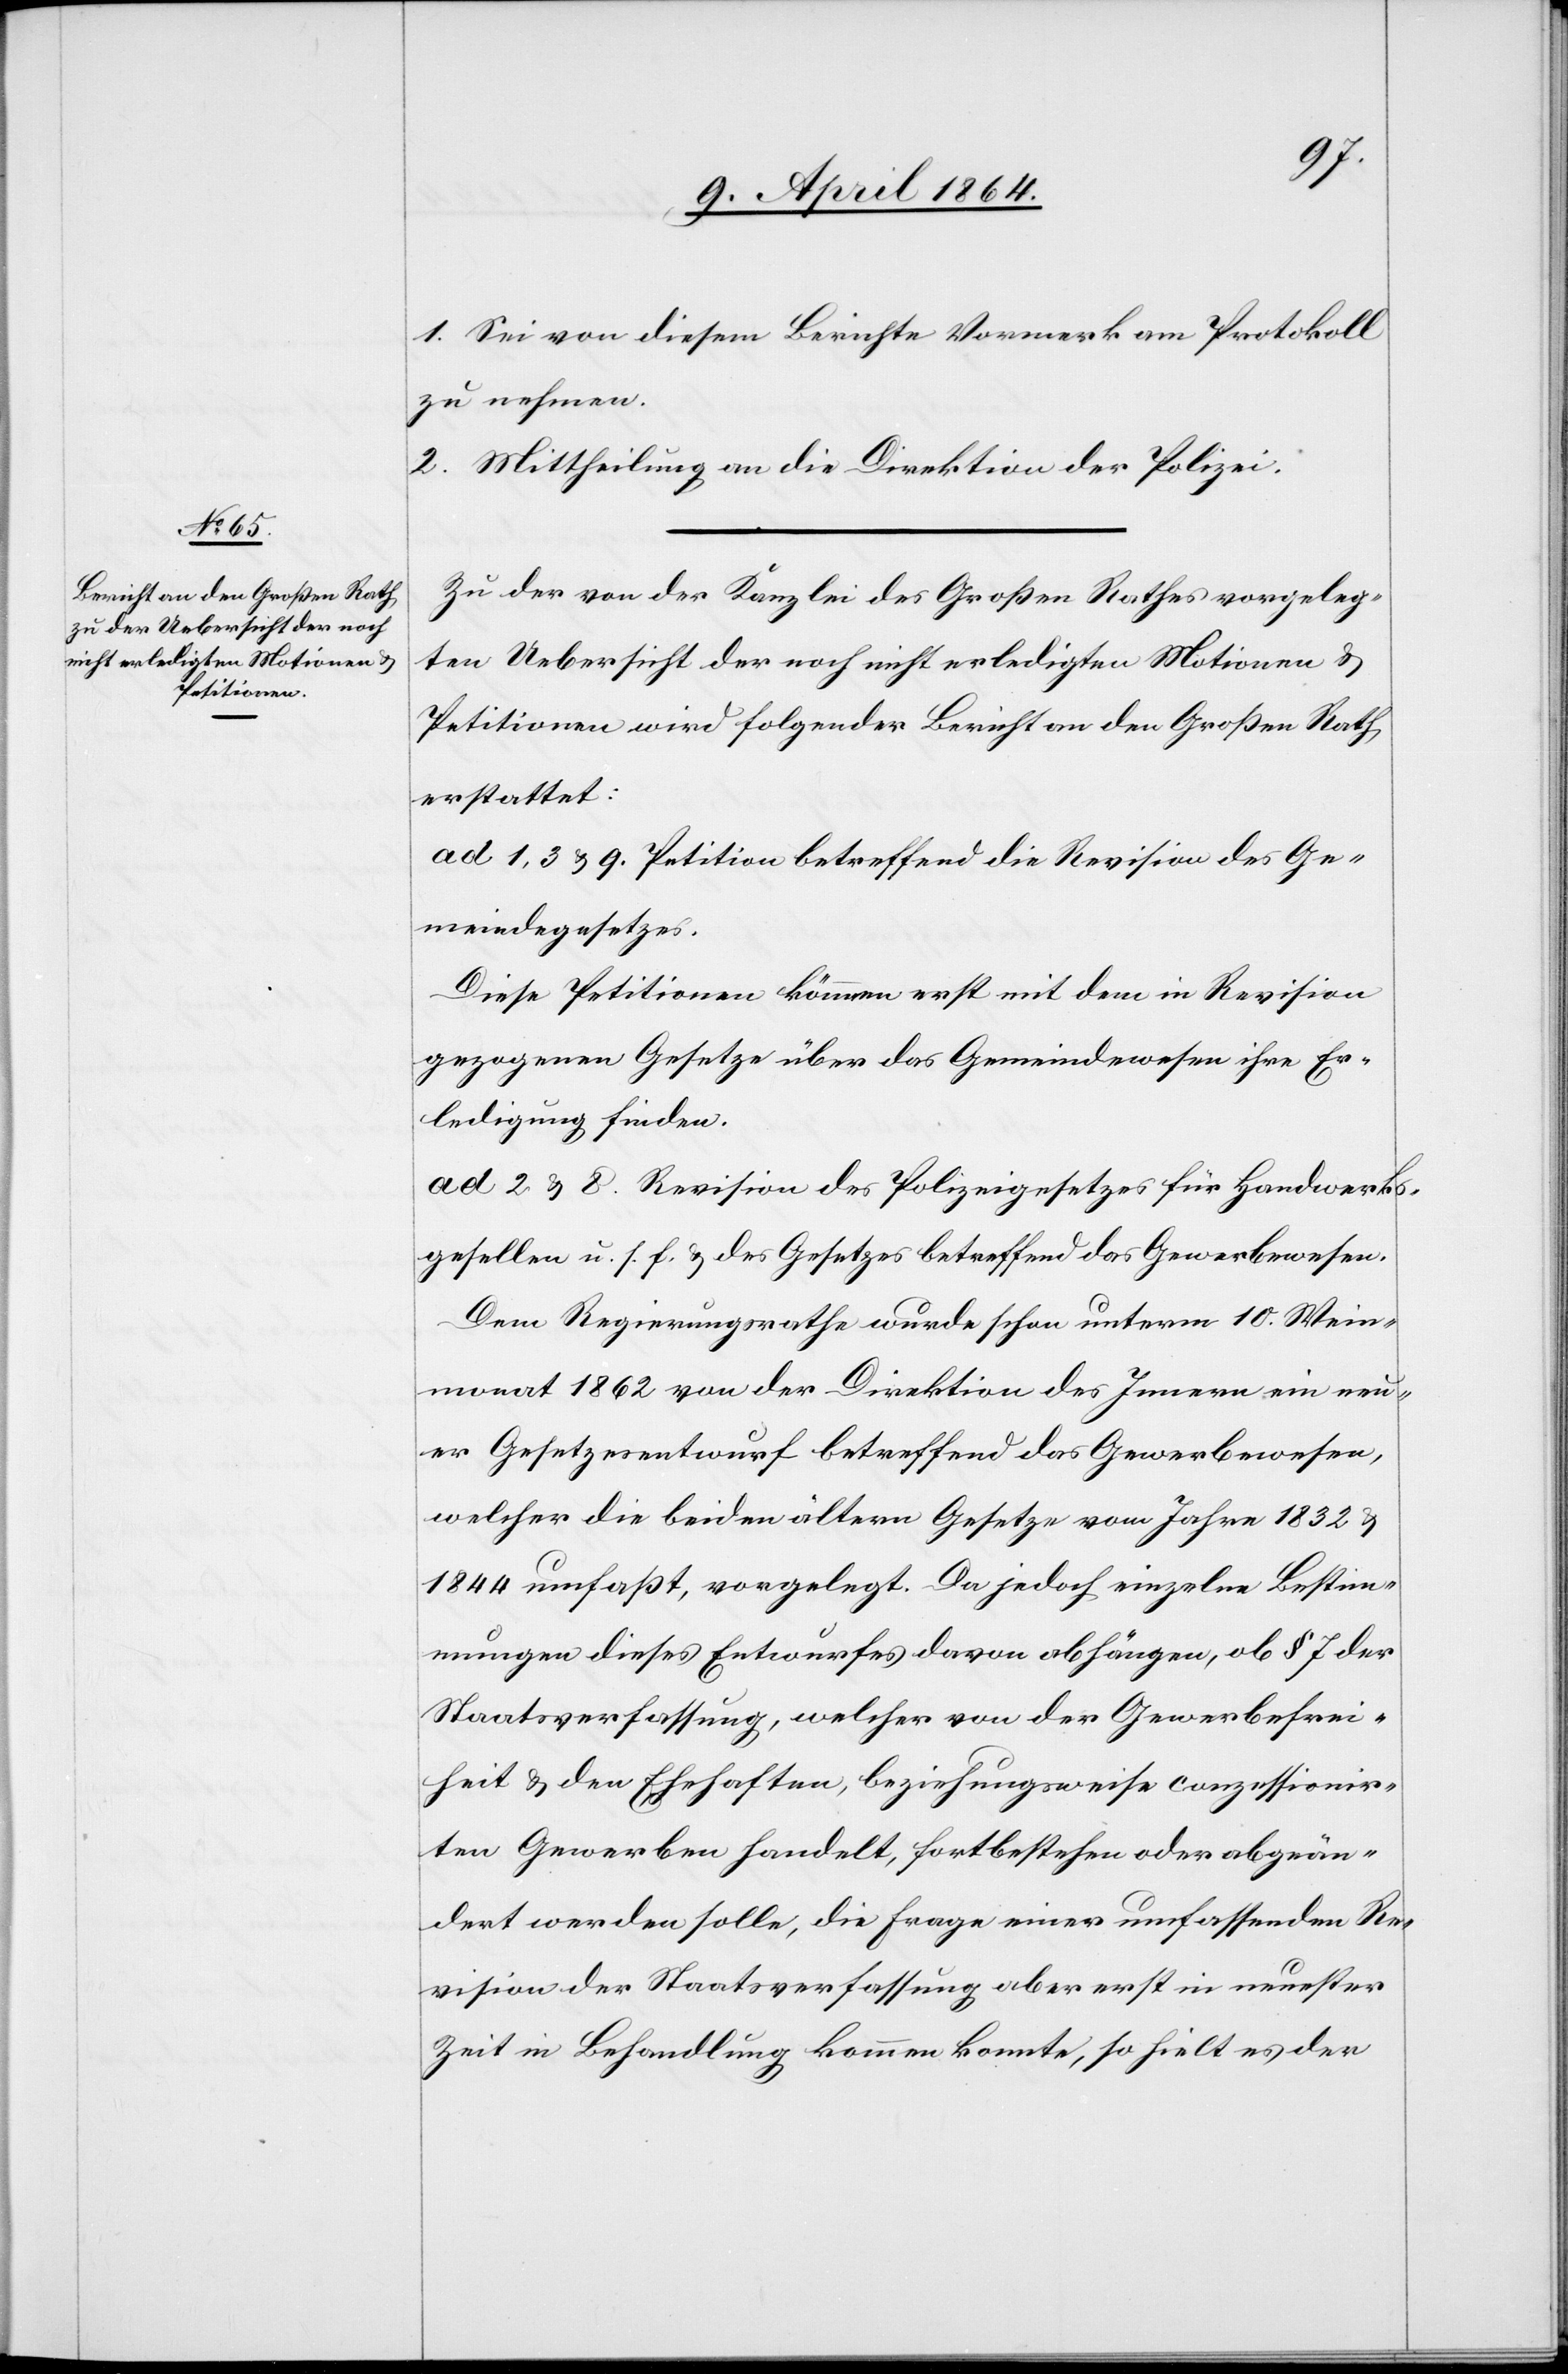
1. Sei von diesem Berichte Vormerk am Protokoll
zu nehmen.
2. Mittheilung an die Direktion der Polizei.
Zu der von der Kanzlei des Großen Rathes vorgeleg¬
ten Uebersicht der noch nicht erledigten Motionen u.
Petitionen wird folgender Bericht an den Großen Rath
erstattet:
ad 1, 3 u. 9. Petition betreffend die Revision des Ge¬
meindegesetzes.
Diese Petitionen können erst mit dem in Revision
gezogenen Gesetze über das Gemeindewesen ihre Er¬
ledigung finden.
ad 2 u. 8. Revision des Polizeigesetzes für Handwerks¬
gesellen u. s. f. u. des Gesetzes betreffend das Gewerbewesen.
Dem Regierungsrath wurde schon unterm 10. Wein¬
monat 1862 von der Direktion des Innern ein neu¬
er Gesetzesentwurf betreffend das Gewerbewesen,
welcher die beiden ältern Gesetze vom Jahre 1832 u.
1844 umfaßt, vorgelegt. Da jedoch einzelne Bestim¬
mungen dieses Entwurfes davon abhängen, ob § 7 der
Staatsverfassung, welcher von der Gewerbefrei¬
heit u. den Ehehaften, beziehungsweise conzessionir¬
ten Gewerben handelt, fortbestehen oder abgeän¬
dert werden solle, die Frage einer umfassenden Re¬
vision der Staatsverfassung aber erst in neuester
Zeit in Behandlung kommen konnte, so hielt es der